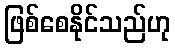
ဖြစ်စေနိုင်သည်ဟု